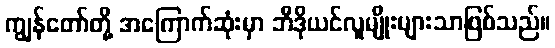
ကျွန်တော်တို့ အကြောက်ဆုံးမှာ ဘီဒိုယင်လူမျိုးများသာဖြစ်သည်။